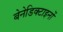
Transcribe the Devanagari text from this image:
बेनेडिक्टाइनों